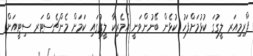
ޕްރިމިއަރ ލީގުގަ ކުޅުމަށްފަހު ކުޅެން ބޭނުންވަނީ އެމެރިކާ ލީގުގައި ކަމަށް މެންޗެސްޓަރ ސިޓީއަށް